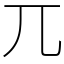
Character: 兀